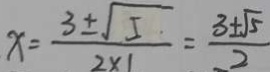
x = \frac { 3 \pm \sqrt { 5 } } { 2 \times 1 } = \frac { 3 \pm \sqrt { 5 } } { 2 }